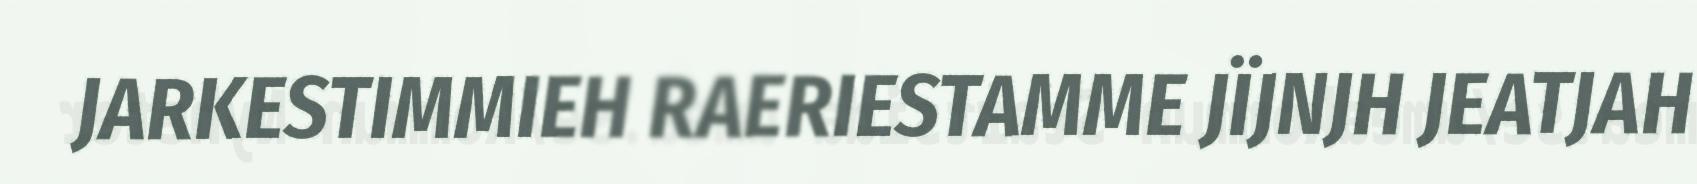
JARKESTIMMIEH RAERIESTAMME JÏJNJH JEATJAH